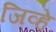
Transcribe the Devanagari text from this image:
जिव्हे